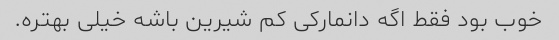
خوب بود فقط اگه دانمارکی کم شیرین باشه خیلی بهتره.